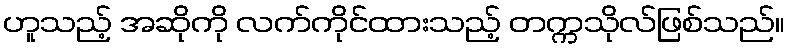
ဟူသည့် အဆိုကို လက်ကိုင်ထားသည့် တက္ကသိုလ်ဖြစ်သည်။